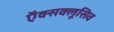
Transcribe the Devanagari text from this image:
ऍक्सक्लूसिव